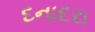
દનાદરા